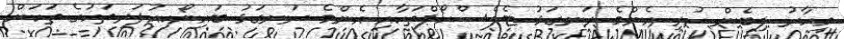
މިހާރު ލިބެން ހުރި އެންމެ ރަނގަޅު ޓެލެސްކޯޕްތަކާއި އެންމެ ރަނގަޅު ބައިނޯކިއުލަރތަކުގެ ތަކަށް